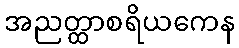
အညတ္ထာစရိယကေန